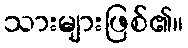
သားများဖြစ်၏။